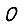
Digit: 0